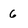
Character: 6